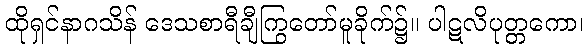
ထိုရှင်နာဂသိန် ဒေသစာရီချီကြွတော်မူခိုက်၌။ ပါဋလိပုတ္တကော၊